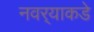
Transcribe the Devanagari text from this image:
नवर्‍याकडे